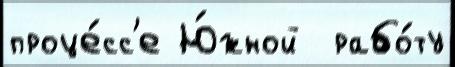
проце́сс'е Ю́жной  рабо́ту